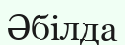
Әбілда